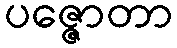
ပဇ္ဇောတာ